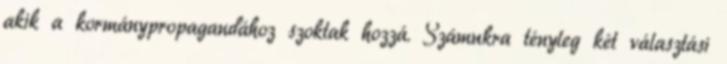
akik a kormánypropagandához szoktak hozzá. Számukra tényleg két választási